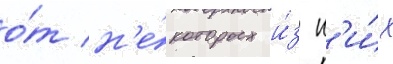
о́т н'е́которых и́з н'и́х